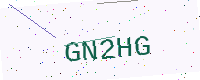
Text: GN2HG